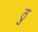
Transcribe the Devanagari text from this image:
ठु